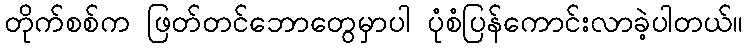
တိုက်စစ်က ဖြတ်တင်ဘောတွေမှာပါ ပုံစံပြန်ကောင်းလာခဲ့ပါတယ်။